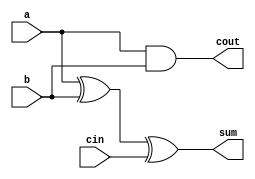
module full_adder8(a,b,cin,sum,cout);
input a,b,cin;
output sum,cout;
assign sum = a^b^cin;
assign cout = a&b|1'b1&(a&b); 
// initial begin
//     $display("The incorrect adder with and1 having in1/1");
// end   
endmodule